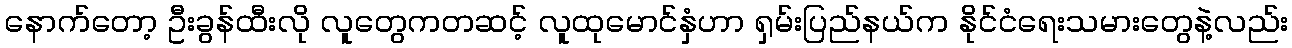
နောက်တော့ ဦးခွန်ထီးလို လူတွေကတဆင့် လူထုမောင်နှံဟာ ရှမ်းပြည်နယ်က နိုင်ငံရေးသမားတွေနဲ့လည်း